Insane asylums in Bengal annual reports 1867-1875 - 1867-1875
Year: 1867
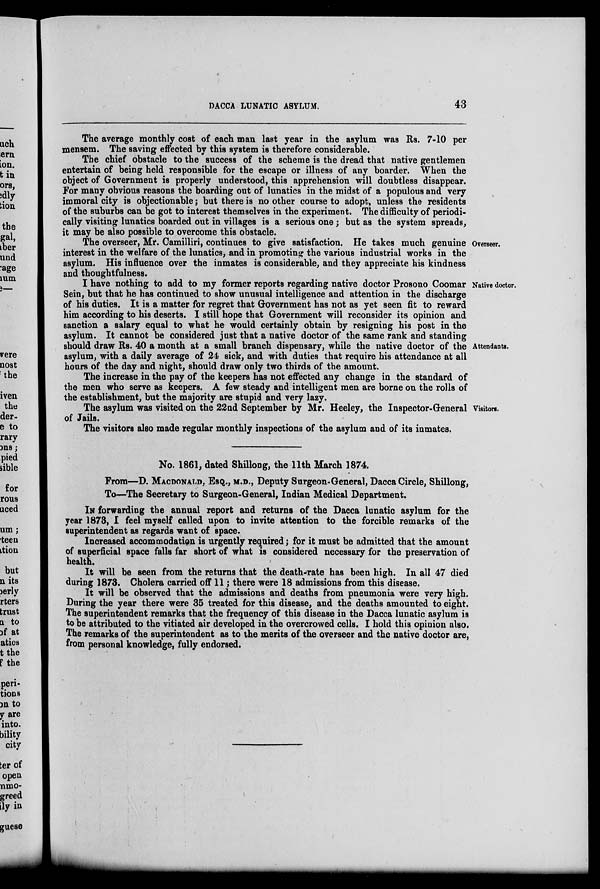
DACCA LUNATIC ASYLUM.
43
The average monthly cost of each man last year in the asylum was Rs. 7-10 per
mensem. The saving effected by this system is therefore considerable.
The chief obstacle to the success of the scheme is the dread that native gentlemen
entertain of being held responsible for the escape or illness of any boarder. When the
object of Government is properly understood, this apprehension will doubtless disappear.
For many obvious reasons the boarding out of lunatics in the midst of a populous and very
immoral city is objectionable; but there is no other course to adopt, unless the residents
of the suburbs can be got to interest themselves in the experiment. The difficulty of periodi-
cally visiting lunatics boarded out in villages is a serious one; but as the system spreads,
it may be also possible to overcome this obstacle.
Overseer.
The overseer, Mr. Camilliri, continues to give satisfaction. He takes much genuine
interest in the welfare of the lunatics, and in promoting the various industrial works in the
asylum. His influence over the inmates is considerable, and they appreciate his kindness
and thoughtfulness.
Native doctor.
Attendants.
I have nothing to add to my former reports regarding native doctor Prosono Coomar
Sein, but that he has continued to show unusual intelligence and attention in the discharge
of his duties. It is a matter for regret that Government has not as yet seen fit to reward
him according to his deserts. I still hope that Government will reconsider its opinion and
sanction a salary equal to what he would certainly obtain by resigning his post in the
asylum. It cannot be considered just that a native doctor of the same rank and standing
should draw Rs. 40 a month at a small branch dispensary, while the native doctor of the
asylum, with a daily average of 24 sick, and with duties that require his attendance at all
hours of the day and night, should draw only two thirds of the amount.
The increase in the pay of the keepers has not effected any change in the standard of
the men who serve as keepers. A few steady and intelligent men are borne on the rolls of
the establishment, but the majority are stupid and very lazy.
Visitors.
The asylum was visited on the 22nd September by Mr. Heeley, the Inspector-General
of Jails.
The visitors also made regular monthly inspections of the asylum and of its inmates.
No. 1861, dated Shillong, the 11th March 1874.
From—D. MACDONALD, ESQ., M.D., Deputy Surgeon-General, Dacca Circle, Shillong,
To—The Secretary to Surgeon-General, Indian Medical Department.
IN forwarding the annual report and returns of the Dacca lunatic asylum for the
year 1873, I feel myself called upon to invite attention to the forcible remarks of the
superintendent as regards want of space.
Increased accommodation is urgently required; for it must be admitted that the amount
of superficial space falls far short of what is considered necessary for the preservation of
health.
It will be seen from the returns that the death-rate has been high. In all 47 died
during 1873. Cholera carried off 11; there were 18 admissions from this disease.
It will be observed that the admissions and deaths from pneumonia were very high.
During the year there were 35 treated for this disease, and the deaths amounted to eight.
The superintendent remarks that the frequency of this disease in the Dacca lunatic asylum is
to be attributed to the vitiated air developed in the overcrowed cells. I hold this opinion also.
The remarks of the superintendent as to the merits of the overseer and the native doctor are,
from personal knowledge, fully endorsed.